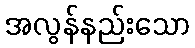
အလွန်နည်းသော